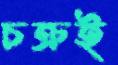
চক্রই